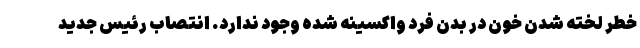
خطر لخته شدن خون در بدن فرد واکسینه شده وجود ندارد. انتصاب رئیس جدید